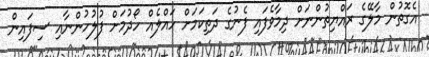
އެގޮތުން މާލޭގެ ރައްޔިތުންނަށް ދިމާވެފައި ފެނުގެ ދަތިކަމަށް ހައްލެއް ހޯދުމަށް ފުލުހުންނާއި ސިފައިން